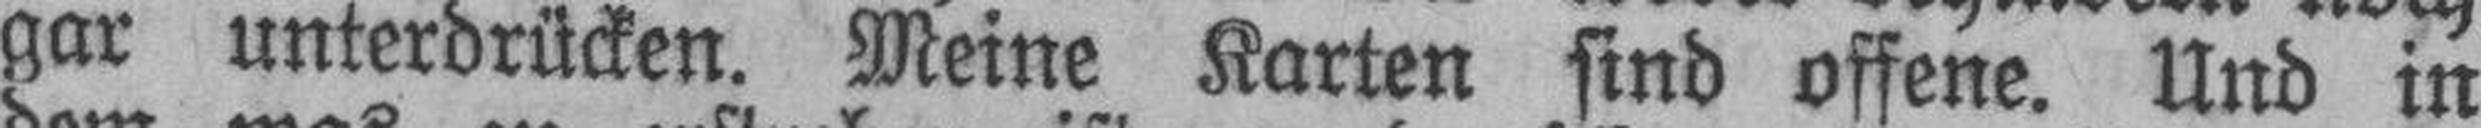
gar unterdrücken. Meine Karten sind offene. Und in